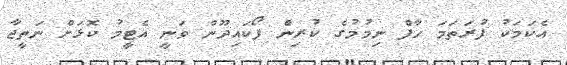
އެކަމަކު ފުރަތަމަ ހާފް ނިމުމުގެ ކުރިން ފޯކައިދޫން ވަނީ އެޓީމު ކޮޅަށް ނަތީޖާ